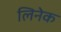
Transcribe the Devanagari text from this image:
लिनेक